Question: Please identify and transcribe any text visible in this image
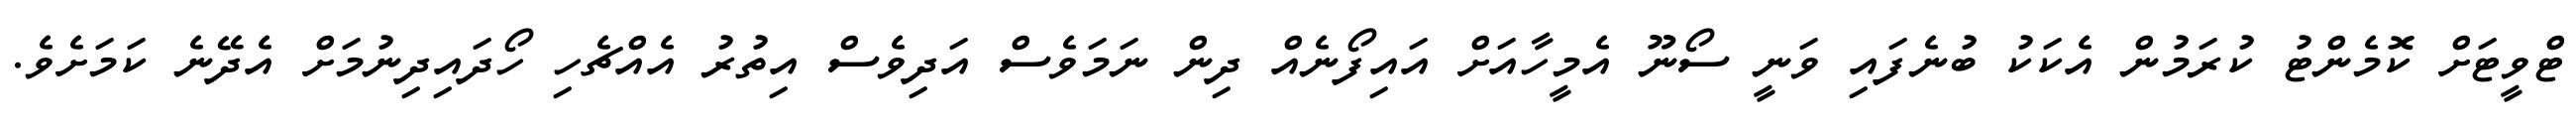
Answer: ޓްވީޓަށް ކޮމެންޓު ކުރަމުން އެކަކު ބުނެފައި ވަނީ ސޯނޫ އެމީހާއަށް އައިފޯނެއް ދިން ނަމަވެސް އަދިވެސް އިތުރު އެއްޗެހި ހޯދައިދިނުމަށް އެދޭނެ ކަމަށެވެ.